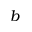
b